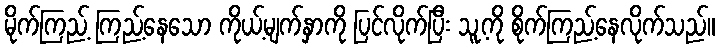
မိုက်ကြည့် ကြည့်နေသော ကိုယ့်မျက်နှာကို ပြင်လိုက်ပြီး သူ့ကို စိုက်ကြည့်နေလိုက်သည်။